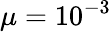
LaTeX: \mu=10^{-3}